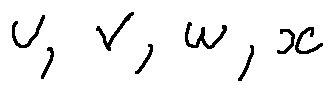
u , v , w , x